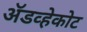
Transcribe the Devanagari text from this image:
ॲडव्हेकोट